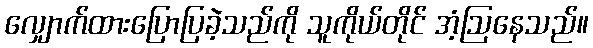
လျှောက်ထားပြောပြခဲ့သည်ကို သူကိုယ်တိုင် အံ့ဩနေသည်။